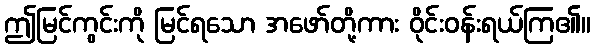
ဤမြင်ကွင်းကို မြင်ရသော အဖော်တို့ကား ဝိုင်းဝန်းရယ်ကြ၏။